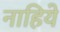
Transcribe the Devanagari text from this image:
नाहिये